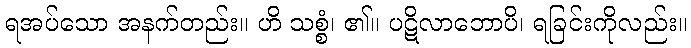
ရအပ်သော အနက်တည်း။ ဟိ သစ္စံ၊ ၏။ ပဋိလာဘောပိ၊ ရခြင်းကိုလည်း။